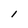
Character: 1